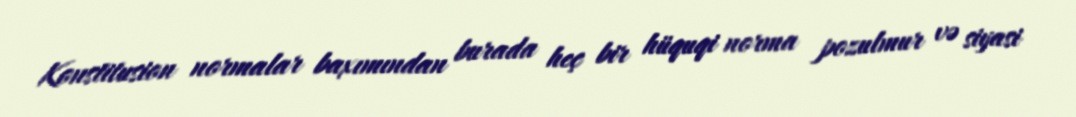
Konstitusion normalar baxımından burada heç bir hüquqi norma pozulmur və siyasi